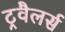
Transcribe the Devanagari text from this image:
ट्रवैलर्स